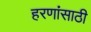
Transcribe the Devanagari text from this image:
हरणांसाठी